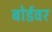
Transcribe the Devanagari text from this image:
बोर्डवर